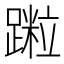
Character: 𨅀